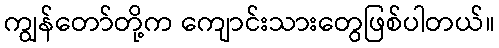
ကျွန်တော်တို့က ကျောင်းသားတွေဖြစ်ပါတယ်။